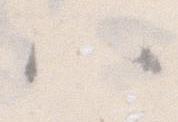
ハ